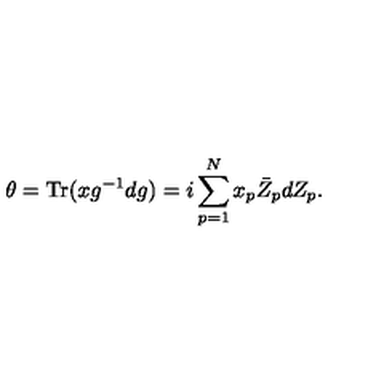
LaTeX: \theta = \mathrm { T r } ( x g ^ { - 1 } d g ) = i \sum _ { p = 1 } ^ { N } x _ { p } \bar { Z } _ { p } d Z _ { p } .